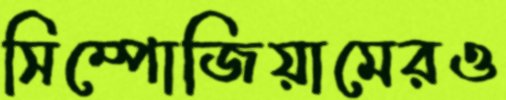
সিম্পোজিয়ামেরও